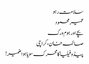
سلامت رہو
عمیر محمود
بچے اور ہوم ورک
صائمہ خان، کراچی
پیڈوفیلیا کامحرک سویا ہوا ضمیر!